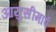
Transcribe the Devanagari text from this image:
आयुसीमाएँ